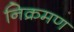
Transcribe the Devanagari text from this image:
निक्रमण